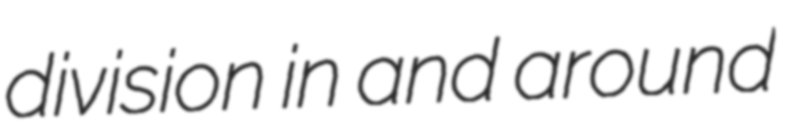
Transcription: division in and around